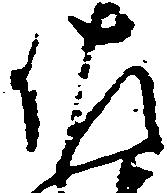
佐